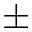
\pm